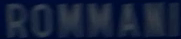
ROMMANI